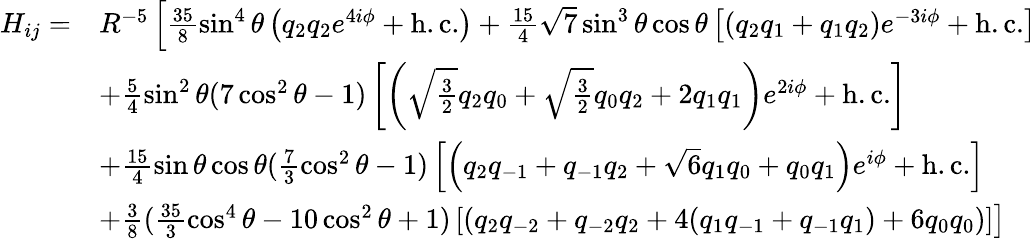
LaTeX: \begin{array}{rl}{H_{ij}=}&{R^{-5}\left[\frac{35}{8}\sin^{4}\theta\left(q_{2}q_{2}e^{4i\phi}+\mathrm{h.c.}\right)+\frac{15}{4}\sqrt{7}\sin^{3}\theta\cos\theta\left[\left(q_{2}q_{1}+q_{1}q_{2}\right)e^{-3i\phi}+\mathrm{h.c.}\right]\right.}\\ &{\left.+\frac{5}{4}\sin^{2}\theta(7\cos^{2}\theta-1)\left[\left(\sqrt{\frac{3}{2}}q_{2}q_{0}+\sqrt{\frac{3}{2}}q_{0}q_{2}+2q_{1}q_{1}\right)e^{2i\phi}+\mathrm{h.c.}\right]\right.}\\ &{\left.+\frac{15}{4}\sin\theta\cos\theta(\frac{7}{3}\cos^{2}\theta-1)\left[\left(q_{2}q_{-1}+q_{-1}q_{2}+\sqrt{6}q_{1}q_{0}+q_{0}q_{1}\right)e^{i\phi}+\mathrm{h.c.}\right]\right.}\\ &{\left.+\frac{3}{8}(\frac{35}{3}\cos^{4}\theta-10\cos^{2}\theta+1)\left[\left(q_{2}q_{-2}+q_{-2}q_{2}+4(q_{1}q_{-1}+q_{-1}q_{1})+6q_{0}q_{0}\right)\right]\right]}\end{array}